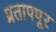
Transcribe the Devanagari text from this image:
प्रतापपूर